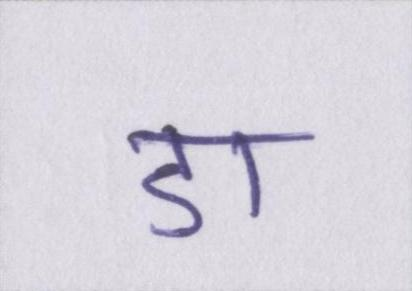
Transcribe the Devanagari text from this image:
डा